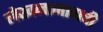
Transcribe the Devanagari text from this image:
लेखनामागची